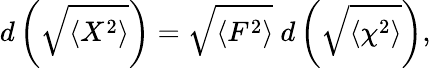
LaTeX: d\left(\sqrt{\langle X^{2}\rangle}\right)=\sqrt{\langle F^{2}\rangle}~d\left(\sqrt{\langle\chi^{2}\rangle}\right),